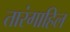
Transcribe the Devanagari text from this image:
तारंगाहिल